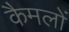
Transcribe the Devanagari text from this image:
कैमलों